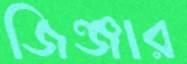
জিঞ্জার